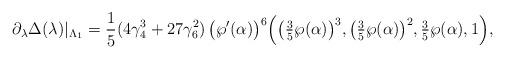
LaTeX: \begin{align*} \partial_\lambda \Delta(\lambda)|_{\Lambda_1} = \frac{1}{5} (4\gamma_4^3 + 27 \gamma_6^2)\, \big(\wp'(\alpha)\big)^6 \Big(\big(\tfrac{3}{5}\wp(\alpha)\big)^3, \big(\tfrac{3}{5}\wp(\alpha)\big)^2, \tfrac{3}{5}\wp(\alpha), 1 \Big),\end{align*}